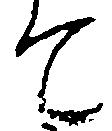
て